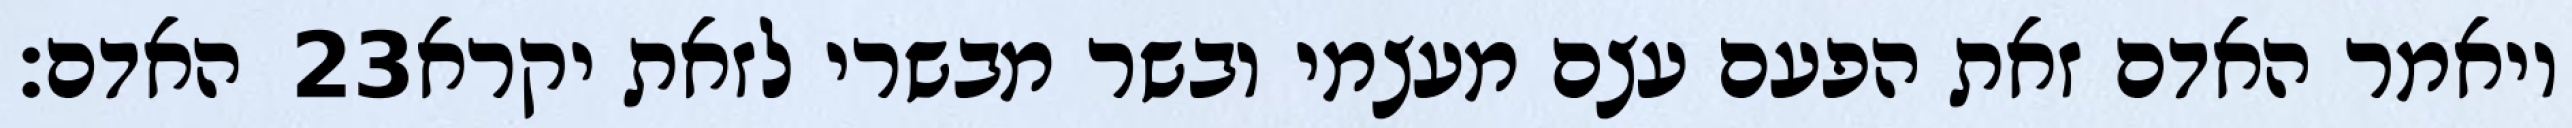
האדם׃ ‎23‏ ויאמר האדם זאת הפעם עצם מעצמי ובשר מבשרי לזאת יקרא